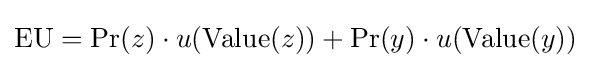
{\text{EU}}=\Pr(z)\cdot u({\text{Value}}(z))+\Pr(y)\cdot u({\text{Value}}(y))